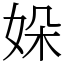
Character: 㛊